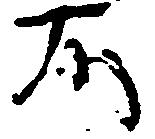
不